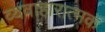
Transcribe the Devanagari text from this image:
व्यवाहारात्मक